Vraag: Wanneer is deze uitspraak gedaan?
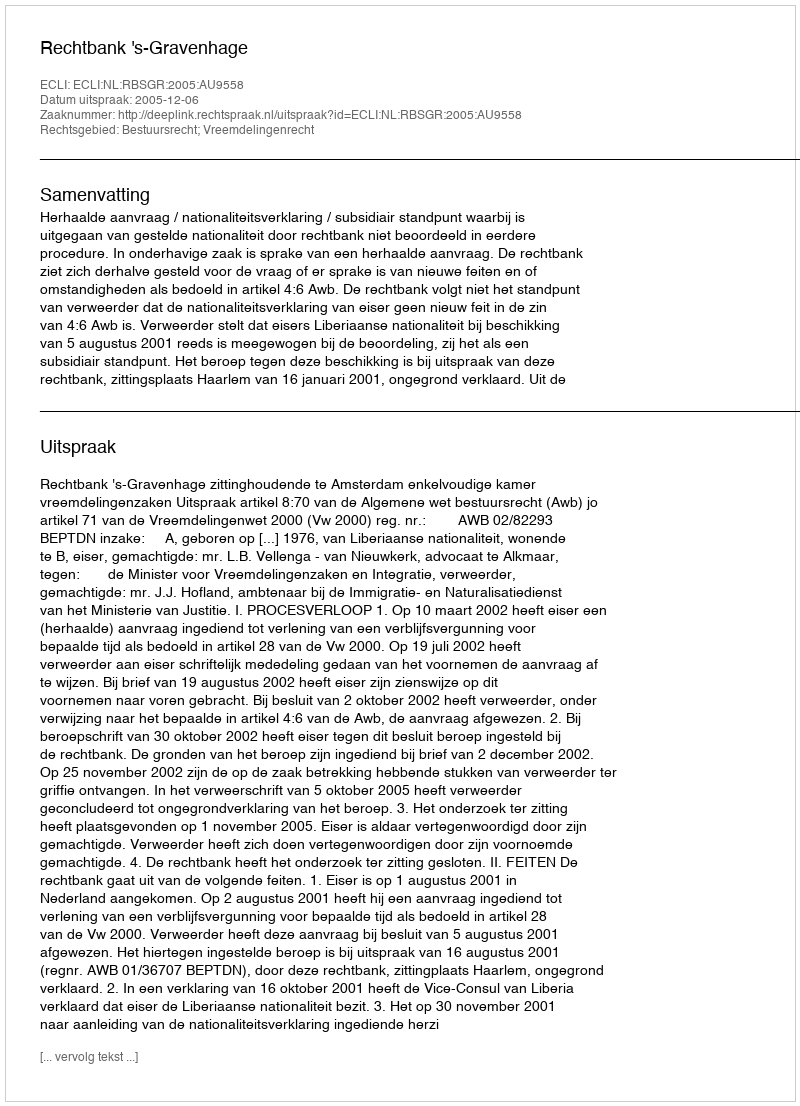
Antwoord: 2005-12-06